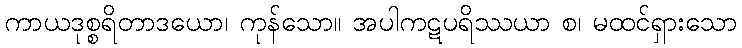
ကာယဒုစ္စရိတာဒယော၊ ကုန်သော။ အပါကဋပရိဿယာ စ၊ မထင်ရှားသော